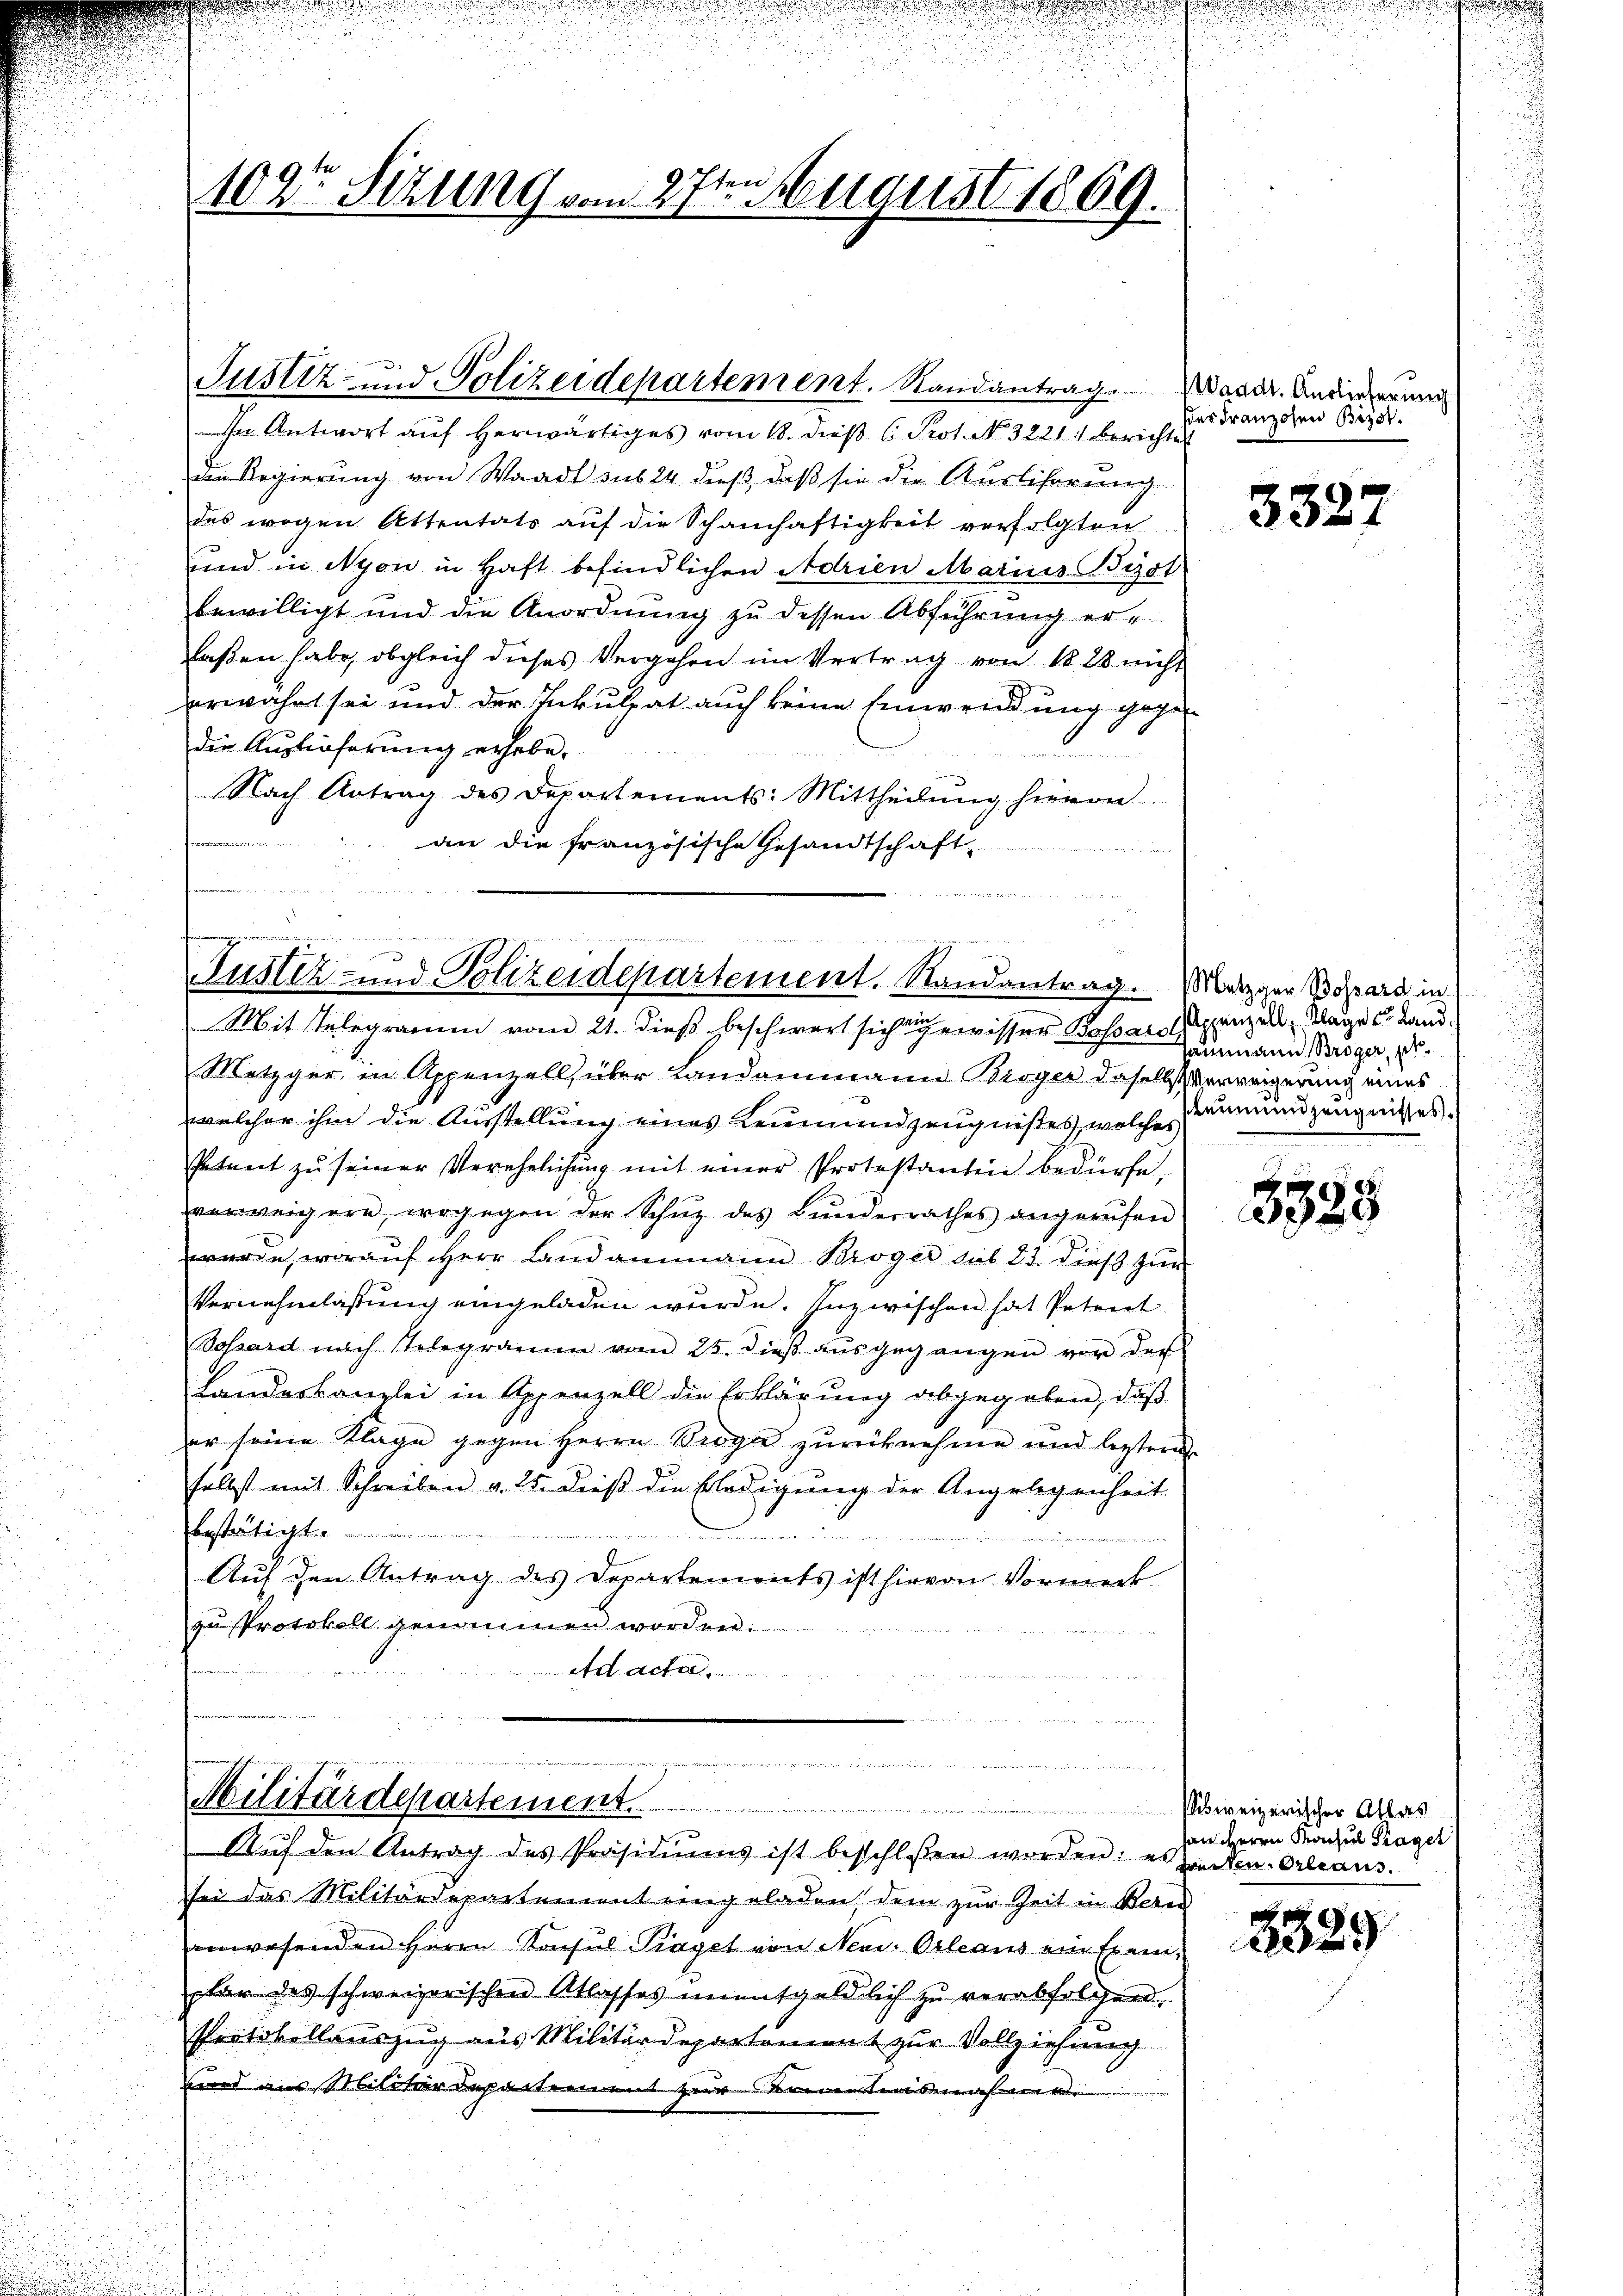
102r Sizung vom 27ten August 1869.

In Antwort auf herwärtiges vom 18. dieß ( Prot. No. 32211 berichte
die Regierung von Waadt sub 24. dieß, daß sie die Auslicherung
des wegen Attentats auf die Schamhaftigkeit verfolgten
und in Nyon in Haft befindlichen Adrien Marius Bizot
bewilligt und die Anordnung zu dessen Abführung erlaßen habe, obgleich dieses Vergehen im Vertrag von 1828 nicht
erwähnt sei und der Inkulpat auch keine Einwendung gegen
die Auslieferung erhebe.
Nach Antrag des Departements: Mittheilŭng hievon
an die französische Gesandtschaft-
e

Justiz- und Polizeidepartement. Randantrag andr. Andrecherung

u

Fustiz- und Polizeidepartement. Randantrag. Metzger Bossard in
Mit Telegramm vom 21. dieß beschwert sich gewisser Bossart penzell, Klage u. Land¬

d
Militärdepartement.

Aŭf den Antrag des Präsidiums ist beschloßen worden: es guten Orleans

des Franzosen Birst.

Metzger, in Appenzell über Landammann Broger daselbst Verweigerung eines
welcher ihm die Ausstellung eines Leumundszeugnißes, welches
Petent zu seiner Verehelichung mit einer Protestantin bedürfe,
verweigern, wogegen der Schuz des Bunderrathes angerufen
wurde, worauf Herr Landammann Broger sub 23. dieß zur
Vernehmlassung eingeladen wurde. Inzwischen hat Petent
Sossard nach Telegramm vom 25. dieβ aŭsgegangen vor der
Landeskanzlei in Appenzell die Erklärung abgegeben, daß
er seine Klage gegen Herrn Brogar zurücknehme und leistern
selbst mit Schreiben v. 25. dieß die Erledigung der Angelegenheit
bestätigt.

Auf den Antrag des Departements ist hievon Vormerk
zu Protokoll genommen worden.
Ad acte

sei das Militärdepartement eingeladen, dem zur Zeit in Bere
anwesenden Herrn Konsul Piaget von Neu Orleaus ein Exemplar des schweizerischen Atlasses unentgeldlich zu verabfolgen,
Pertobellauszug aus Militärdepartement zur Vollziehung
unnd aus Militärdepartement erkenntnisnahmen
u

.

3327

Tammann Broger, pr
eumund zeugnisses.

3585

Mihweizerischer Atlas
on HHerrn Machel Tragel

t